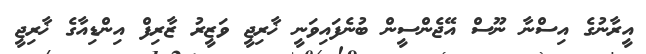
އީރާނުގެ އިސްނާ ނޫސް އޭޖެންސީން ބުނެފައިވަނީ ޚާރިޖީ ވަޒީރު ޒާރިފް އިންޑިއާގެ ޚާރިޖީ